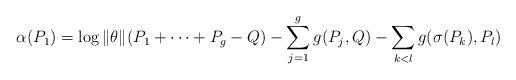
LaTeX: \begin{align*}\alpha(P_{1})=\log\|\theta\|(P_{1}+\dots+P_{g}-Q)-\sum_{j=1}^{g}g(P_{j},Q)-\sum_{k<l}g(\sigma(P_{k}),P_{l})\end{align*}